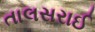
તાલસરાઈ